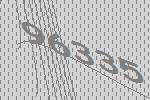
96335